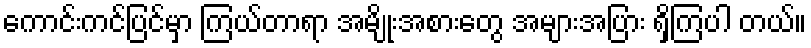
ကောင်းကင်ပြင်မှာ ကြယ်တာရာ အမျိုးအစားတွေ အများအပြား ရှိကြပါ တယ်။